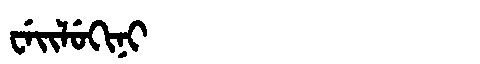
Manchu: ᠸᡝᡳᠯᡠᡴᡳᠨᡳ
Romanization: WEILUKINI